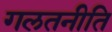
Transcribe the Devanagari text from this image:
गलतनीति